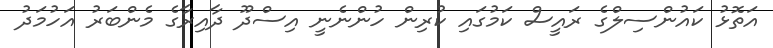
އަތޮޅު ކައުންސިލްގެ ރައީސް ކަމުގައި ކުރިން ހުންނެނީ އިސްދޫ ދާއިރާގެ މެންބަރު އަހުމަދު